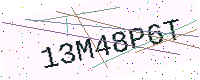
Text: 13M48P6T